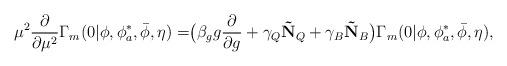
LaTeX: \begin{align*}\mu^2 \frac{\partial}{\partial \mu^2} \Gamma_m(0| \phi, \phi_a^*, \bar{\phi}, \eta) = \bigr( \beta_g g \frac{\partial}{\partial g} +\gamma_Q \mathbf{\tilde{N}}_Q + \gamma_B \mathbf{\tilde{N}}_B \bigr) \Gamma_m(0| \phi, \phi_a^*, \bar{\phi}, \eta),\end{align*}